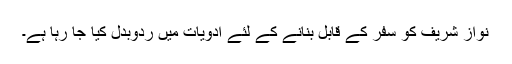
نواز شریف کو سفر کے قابل بنانے کے لئے ادویات میں ردوبدل کیا جا رہا ہے۔